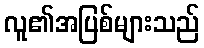
လူ၏အပြစ်များသည်